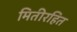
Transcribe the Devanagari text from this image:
मितीरहित